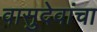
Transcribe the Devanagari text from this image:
वासुदेवांचा